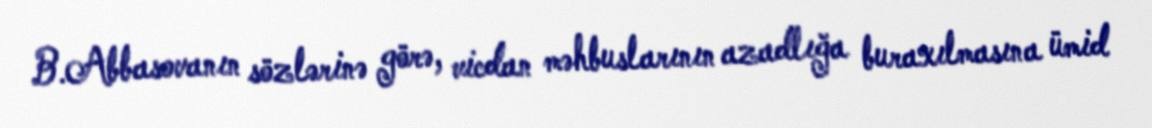
B.Abbasovanın sözlərinə görə, vicdan məhbuslarının azadlığa buraxılmasına ümid